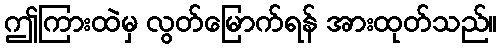
ဤကြားထဲမှ လွတ်မြောက်ရန် အားထုတ်သည်။